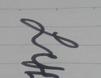
Signature authenticity: genuine